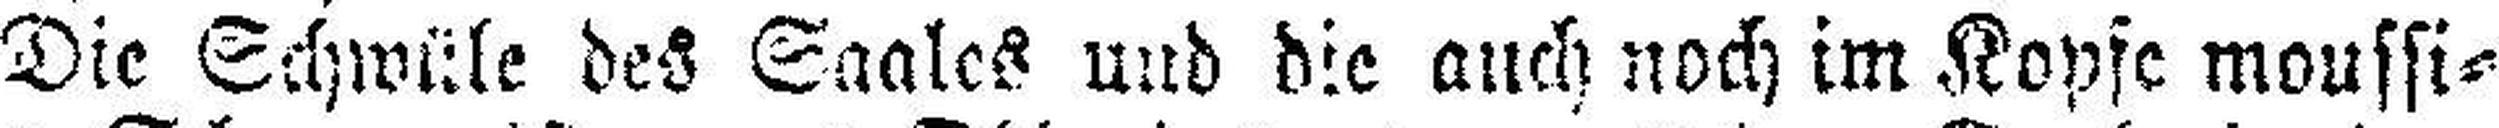
Die Schwüle des Saales und die auch noch im Kopfe moussi¬